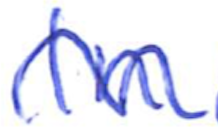
Text: In
Cross-out: wave
Writing tool: ballpoint